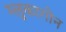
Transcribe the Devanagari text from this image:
ग्लुकागोन